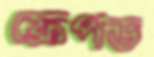
ফ্রেপড